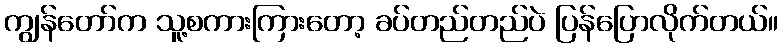
ကျွန်တော်က သူ့စကားကြားတော့ ခပ်တည်တည်ပဲ ပြန်ပြောလိုက်တယ်။